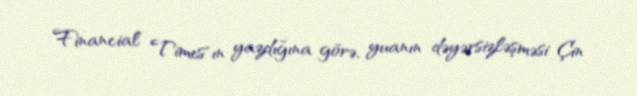
Financial Times"ın yazdığına görə, yuanın dəyərsizləşməsi Çin